Report on horse surra - Volume I
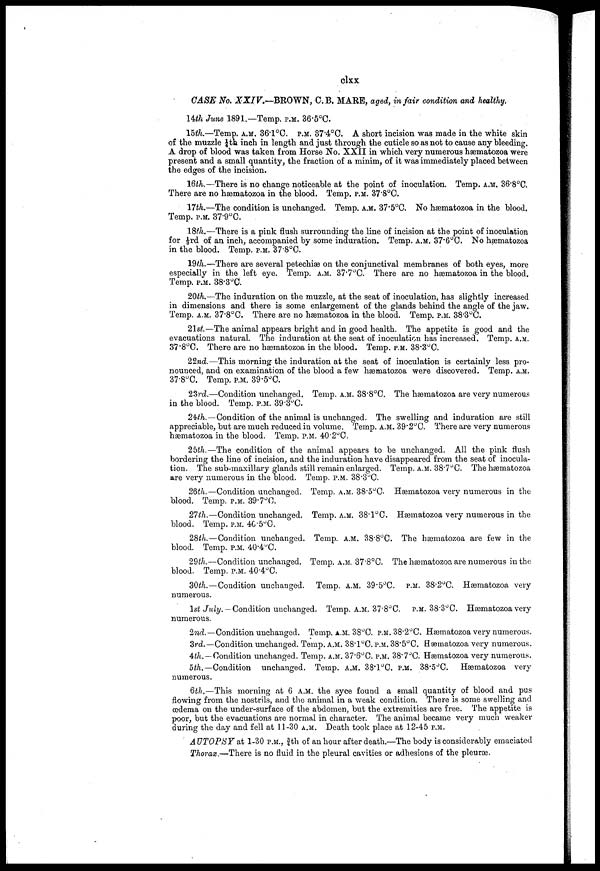
clxx
CASE No. XXIV.—BROWN, C. B. MARE, aged, in fair condition and healthy.
14th June 1891.—Temp. p.m. 36.5°C.
15th.—Temp. A.M. 36.1°C. p.m. 37.4°C. A short incision was made in the white skin
of the muzzle 1/4 th. inch in length and just through the cuticle so as not to cause any bleeding.
A drop of blood was taken from Horse No. XXII in which very numerous hæmatozoa were
present and a small quantity, the fraction of a minim, of it was immediately placed between
the edges of the incision.
16th.—There is no change noticeable at the point of inoculation. Temp. A.M. 36.8°C.
There are no hæmatozoa in the blood. Temp. p.m. 37.8°C.
17th.—The condition is unchanged. Temp. A.M. 37.5°C. No hæmatozoa in the blood.
Temp. p.m. 37.9°C.
18th.—There is a pink flush surrounding the line of incision at the point of inoculation
for 1/3rd of an inch, accompanied by some induration. Temp. A.M. 37.6°C. No hæmatozoa
in the blood. Temp. p.m. 37.8°C.
19th.—There are several petechiæ on the conjunctival membranes of both eyes, more
especially in the left eye. Temp. A.M. 37.7°C. There are no hæmatozoa in the blood.
Temp. p.m. 38.3°C.
20th.—The induration on the muzzle, at the seat of inoculation, has slightly increased
in dimensions and there is some enlargement of the glands behind the angle of the jaw.
Temp. A.M. 37.8°C. There are no hæmatozoa in the blood. Temp. p.m. 38.3°C.
21st.—The animal appears bright and in good health. The appetite is good and the
evacuations natural. The induration at the seat of inoculation has increased. Temp. A.M.
37.8°C. There are no hæmatozoa in the blood. Temp. p.m. 38.3°C.
22nd.—This morning-the induration at the seat of inoculation is certainly less pro-
nounced, and on examination of the blood a few hæmatozoa were discovered. Temp. A.M.
37.8°C. Temp. p.m. 39.5°C.
23rd.—Condition unchanged. Temp. A.M. 38.8°C. The hæmatozoa are very numerous
in the blood. Temp. p.m. 39.3°C.
24th.— Condition of the animal is unchanged. The swelling and induration are still
appreciable, but are much reduced in volume. Temp. A.M. 39.2°C. There are very numerous
hæmatozoa in the blood. Temp. p.m. 40.2°C.
25th.—The condition of the animal appears to be unchanged. All the pink flush
bordering the line of incision, and the induration have disappeared from the seat of inocula-
tion. The sub-maxillary glands still remain enlarged. Temp. A.M. 38.7°C. The hæmatozoa
are very numerous in the blood. Temp. p.m. 38.3°C.
26th. —Condition unchanged. Temp. A.M. 38.5°C. Hæmatozoa very numerous in the
blood. Temp. p.m. 39.7°C.
27th.—Condition unchanged. Temp. A.M. 38.1°C. Hæmatozoa very numerous in the
blood. Temp. p.m. 40.5°C.
28th.—Condition unchanged. Temp. A.M. 38.8°C. The hæmatozoa are few in the
blood. Temp. p.m. 40.4°C.
29th.—Condition unchanged. Temp. A.M. 37.8°C. The hæmatozoa are numerous in the
blood. Temp. p.m. 40.4°C.
30th.—Condition unchanged. Temp. A.M. 39.5°C. p.m. 38.2°C. Hæmatozoa very
numerous.
1st July. — Condition unchanged. Temp. A.M. 37.8°C. p.m. 38.3°C. Hæmatozoa very
numerous.
2nd. — Condition unchanged. Temp. A.M. 38°C. p.m. 38.2°C. Hæmatozoa very numerous.
3rd.—Condition unchanged. Temp. A.M. 38.1°C. p.m. 38.5°C. Hæmatozoa very numerous.
4th. — Condition unchanged. Temp. A.M. 37.6°C. p.m. 38.7°C. Hæmatozoa very numerous.
5th.— Condition unchanged. Temp. A.M. 38.1°C. p.m. 38.5°C. Hæmatozoa very
numerous.
6th.—This morning at 6 A.M. the syce found a email quantity of blood and pus
flowing from the nostrils, and the animal in a weak condition. There is some swelling and
oedema on the under-surface of the abdomen, but the extremities are free. The appetite is
poor, but the evacuations are normal in character. The animal became very much weaker
during the day and fell at 11-30 A.M. Death took place at 12-45 p.m.
A UTOPSY at 1-30 p.m., |th of an hour after death—The body is considerably emaciated
Thorax —There is no fluid in the pleural cavities or adhesions of the pleurae.